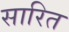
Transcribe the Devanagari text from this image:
सारित